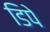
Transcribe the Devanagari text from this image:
डिपे